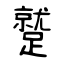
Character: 蹵